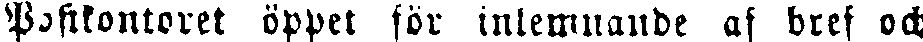
Postkontoret öppet för inlemnade ad bref och